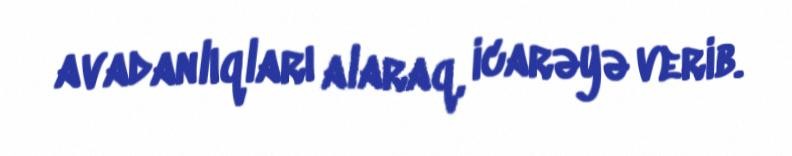
avadanlıqları alaraq, icarəyə verib.